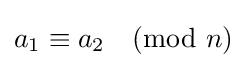
a_{1}\equiv a_{2}{\pmod {n}}